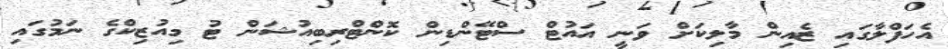
އެހަފްލާގައި ޒެއިން މާލިކަށް ވަނީ އައުޓް ސްޓޭންޑިން ކޮންޓްރިބިއުޝަން ޓު މިއުޒިކްގެ ނަމުގައި